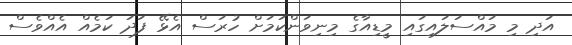
އަދި މި މައްސަލައިގައި މީޑިއާގެ މިނިވަންކަމަށް ހުރަސް އެޅޭ ފަދަ ކަމެއް އެއްވެސް